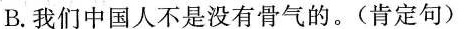
B.我们中国人不是没有骨气的。(肯定句)